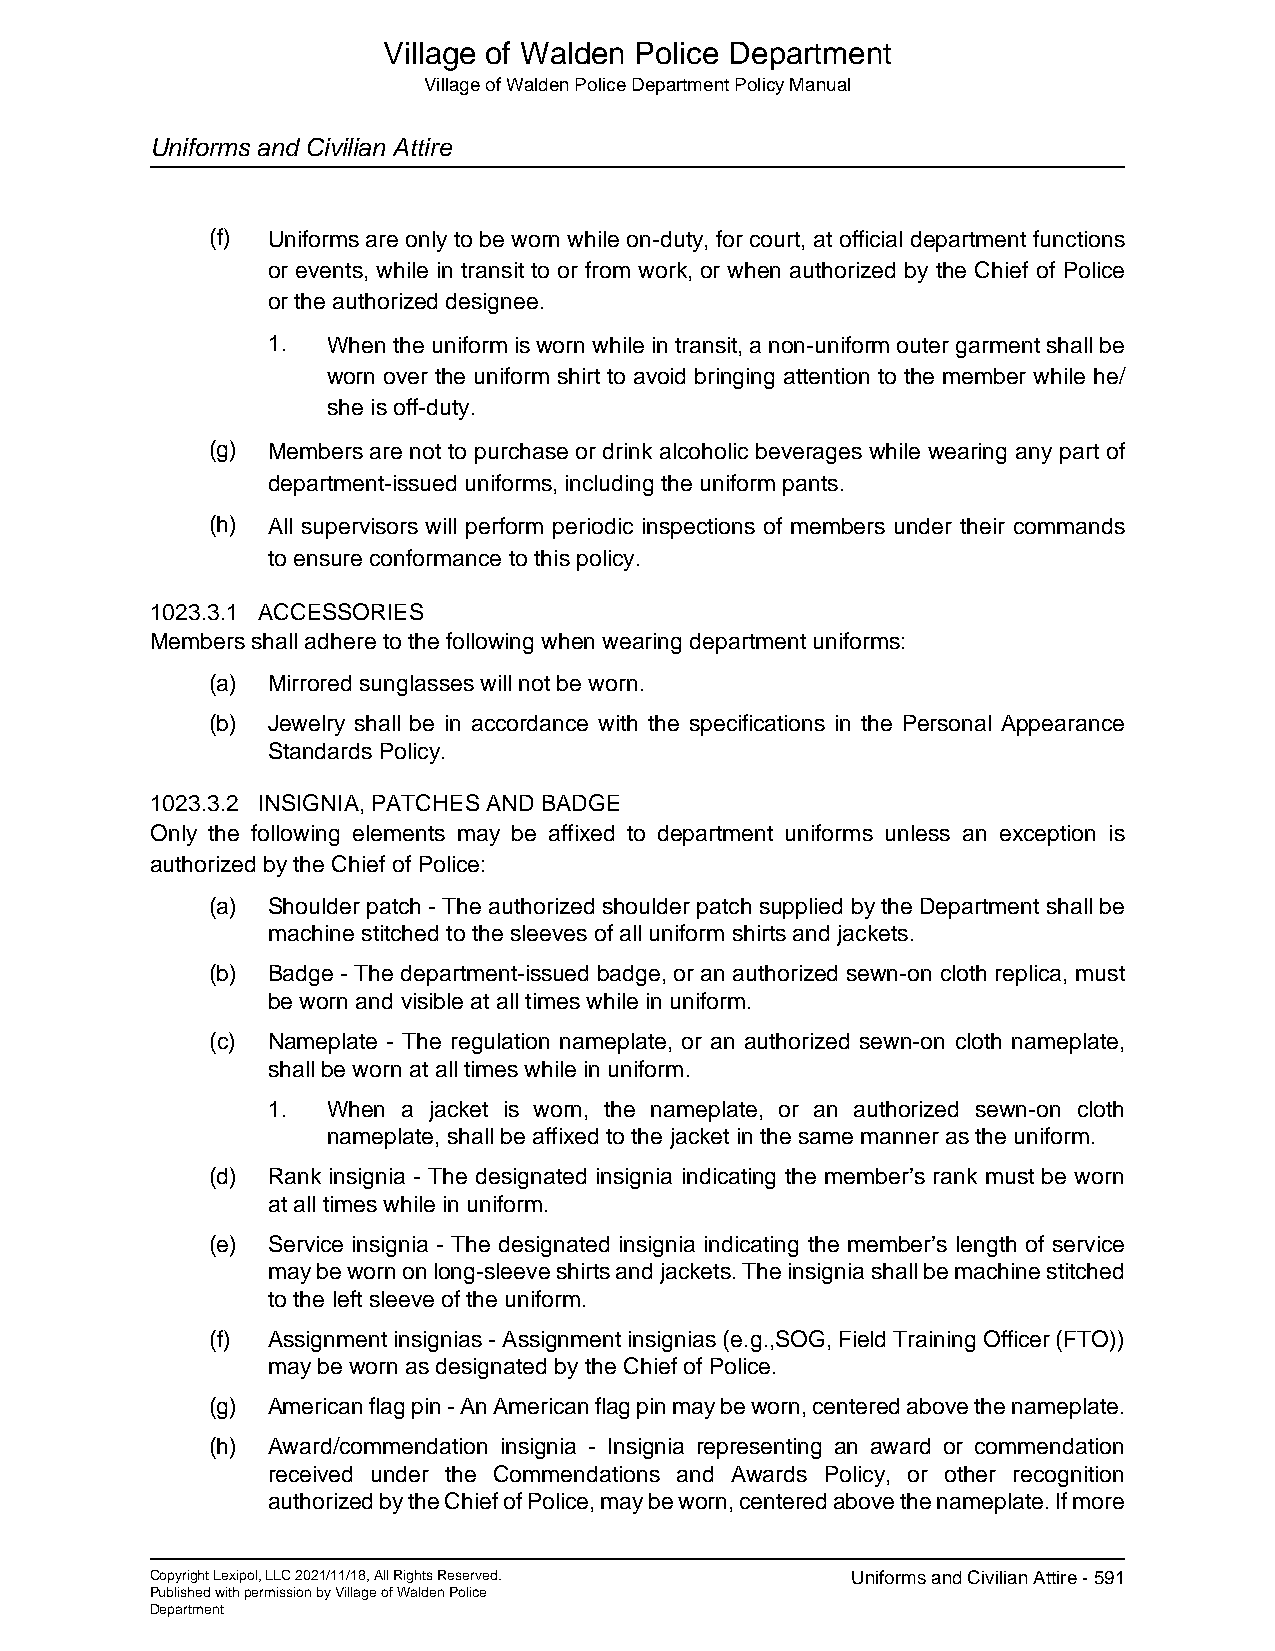
Village of Walden Police Department
 Village of Walden Police Department Policy Manual
 Uniforms and Civilian Attire
 (f) Uniforms are only to be worn while on-duty, for court, at official department functions
 or events, while in transit to or from work, or when authorized by the Chief of Police
 or the authorized designee.
 1.  When the uniform is worn while in transit, a non-uniform outer garment shall be
 worn over the uniform shirt to avoid bringing attention to the member while he/
 she is off-duty.
 (g) Members are not to purchase or drink alcoholic beverages while wearing any part of
 department-issued uniforms, including the uniform pants.
 (h) All supervisors will perform periodic inspections of members under their commands
 to ensure conformance to this policy.
 1023.3.1 ACCESSORIES
 Members shall adhere to the following when wearing department uniforms:
 (a) Mirrored sunglasses will not be worn.
 (b) Jewelry shall be in accordance with the specifications in the Personal Appearance
 Standards Policy.
 1023.3.2 INSIGNIA, PATCHES AND BADGE
 Only the following elements may be affixed to department uniforms unless an exception is
 authorized by the Chief of Police:
 (a) Shoulder patch - The authorized shoulder patch supplied by the Department shall be
 machine stitched to the sleeves of all uniform shirts and jackets.
 (b) Badge - The department-issued badge, or an authorized sewn-on cloth replica, must
 be worn and visible at all times while in uniform.
 (c) Nameplate - The regulation nameplate, or an authorized sewn-on cloth nameplate,
 shall be worn at all times while in uniform.
 1.  When a jacket is worn, the nameplate, or an authorized sewn-on cloth
 nameplate, shall be affixed to the jacket in the same manner as the uniform.
 (d) Rank insignia - The designated insignia indicating the member’s rank must be worn
 at all times while in uniform.
 (e) Service insignia - The designated insignia indicating the member’s length of service
 may be worn on long-sleeve shirts and jackets. The insignia shall be machine stitched
 to the left sleeve of the uniform.
 (f) Assignment insignias - Assignment insignias (e.g.,SOG, Field Training Officer (FTO))
 may be worn as designated by the Chief of Police.
 (g) American flag pin - An American flag pin may be worn, centered above the nameplate.
 (h) Award/commendation insignia - Insignia representing an award or commendation
 received under the Commendations and Awards Policy, or other recognition
 authorized by the Chief of Police, may be worn, centered above the nameplate. If more
 Copyright Lexipol, LLC 2021/11/18, All Rights Reserved. Uniforms and Civilian Attire - 591
 Published with permission by Village of Walden Police
 Department